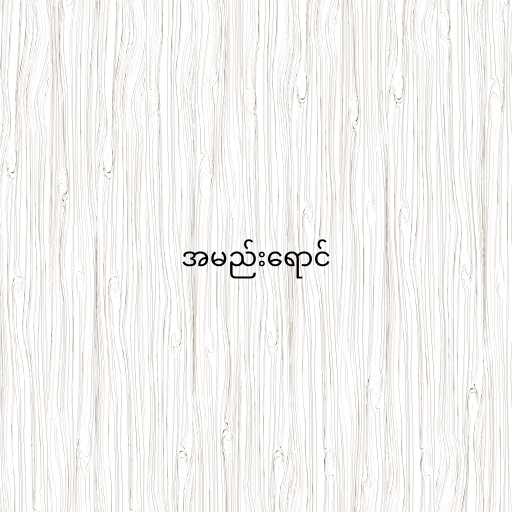
အမည်းရောင်